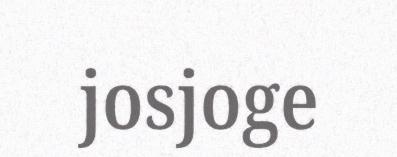
josjoge